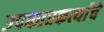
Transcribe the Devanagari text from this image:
उपकारकर्त्याचे